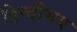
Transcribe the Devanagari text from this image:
हिन्दीमय